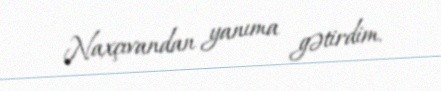
Naxçıvandan yanıma gətirdim.